Civil Veterinary Department Bihar & Orissa reports 1911-21 - 1911-1921
Year: 1911
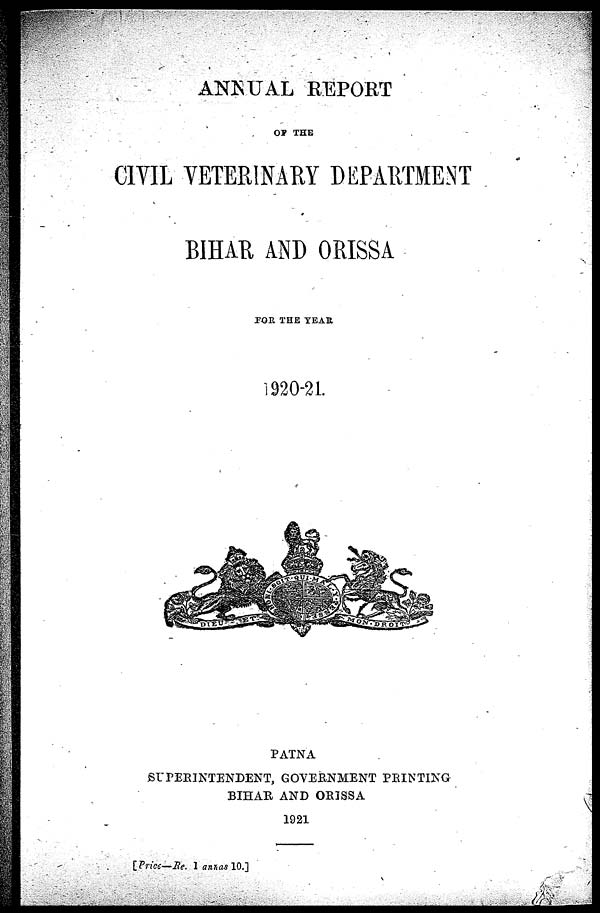
ANNUAL REPORT
OF THE
C1YIL VETERINARY DEPARTMENT
BIHAR AND ORISSA
FOR THE YEAR
1920-21
PATNA
SUPERINTENDENT, GOVERNMENT PRINTING
BIHAR AND ORISSA
1921
[Price—Re. 1 annas 10.]